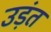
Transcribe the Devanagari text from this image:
उड़ंत